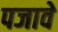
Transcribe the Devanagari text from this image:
पजावे